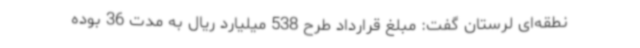
نطقه‌ای لرستان گفت: مبلغ قرارداد طرح 538 میلیارد ریال به مدت 36 بوده